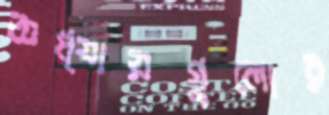
অধ্যায়গুলোর